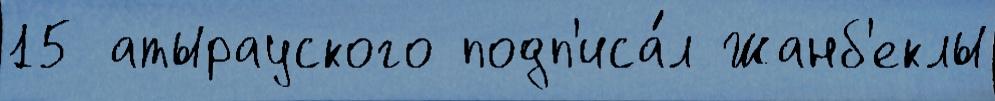
15 атырауского подп'иса́л Жанб'еклы